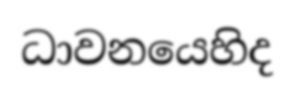
ධාවනයෙහිද